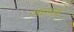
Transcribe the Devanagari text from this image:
आमाद